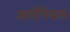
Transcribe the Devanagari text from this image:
आरेनियस